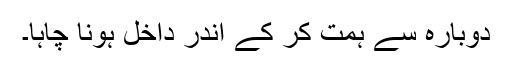
دوبارہ سے ہمت کر کے اندر داخل ہونا چاہا۔